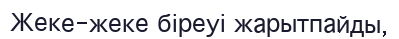
Жеке-жеке біреуі жарытпайды,